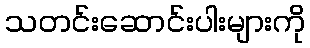
သတင်းဆောင်းပါးများကို